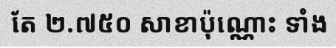
តែ ២.៧៥០ សាខាប៉ុណ្ណោះ ទាំង